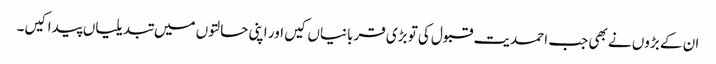
ان کے بڑوں نے بھی جب احمدیت قبول کی تو بڑی قربانیاں کیں اور اپنی حالتوں میں تبدیلیاں پیدا کیں۔